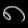
Digit: ၈